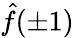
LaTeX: \hat{f}(\pm 1)